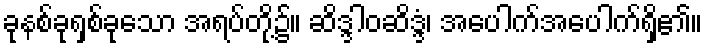
ခုနစ်ခုရှစ်ခုသော အရပ်တို့၌။ ဆိဒ္ဒါဝဆိဒ္ဒံ၊ အပေါက်အပေါက်ရှိ၏။